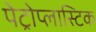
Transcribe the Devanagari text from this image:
पेट्रोप्लास्टिक